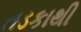
તડકાથી